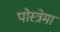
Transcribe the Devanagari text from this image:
पोस्त्रेमा